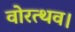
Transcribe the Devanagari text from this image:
वोरत्थव।